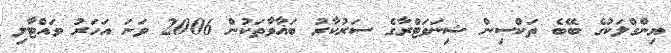
ޔިންގްލަކުގެ ބޭބެ ތަކްސިން ޝިނަވަޓްރާގެ ސަރުކާރު ބަޣާވާތަކުން 2006 ވަނަ އަހަރު ވައްޓާލި